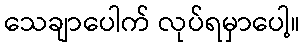
သေချာပေါက် လုပ်ရမှာပေါ့။